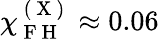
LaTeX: \chi_{\mathrm{~F~H~}}^{\mathrm{~(~X~)~}}\approx 0.06